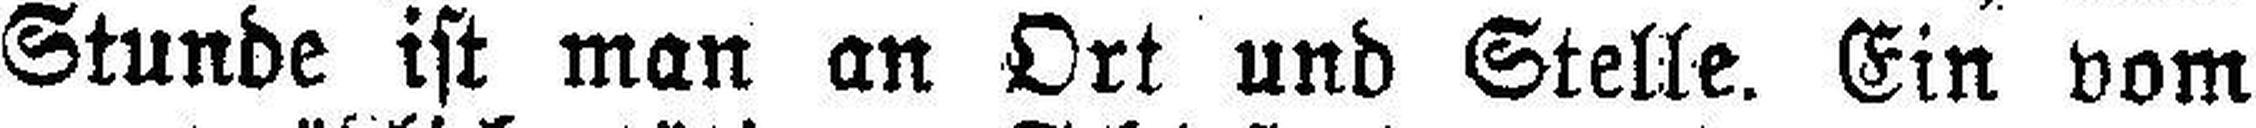
Stunde ist man an Ort und Stelle. Ein vom